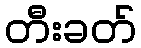
တီးခတ်